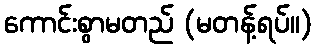
ကောင်းစွာမတည် (မတန့်ရပ်။)